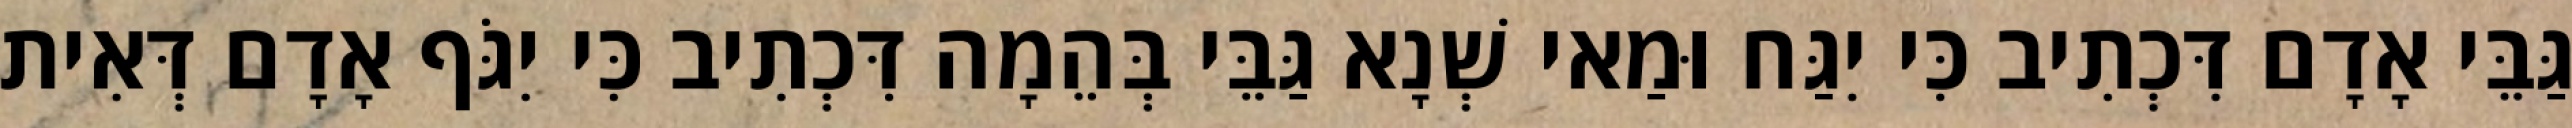
גַּבֵּי אָדָם דִּכְתִיב כִּי יִגַּח וּמַאי שְׁנָא גַּבֵּי בְּהֵמָה דִּכְתִיב כִּי יִגֹּף אָדָם דְּאִית